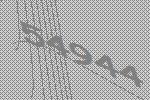
54944